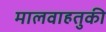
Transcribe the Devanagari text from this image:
मालवाहतुकी